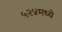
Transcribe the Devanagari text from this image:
५२४मध्ये